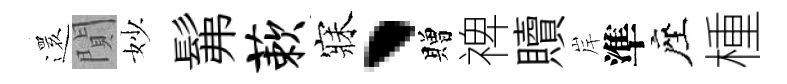
𮟃閴妙髴蔌寐、贈禆贖岸準座㮔